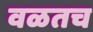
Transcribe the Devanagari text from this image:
वळतच